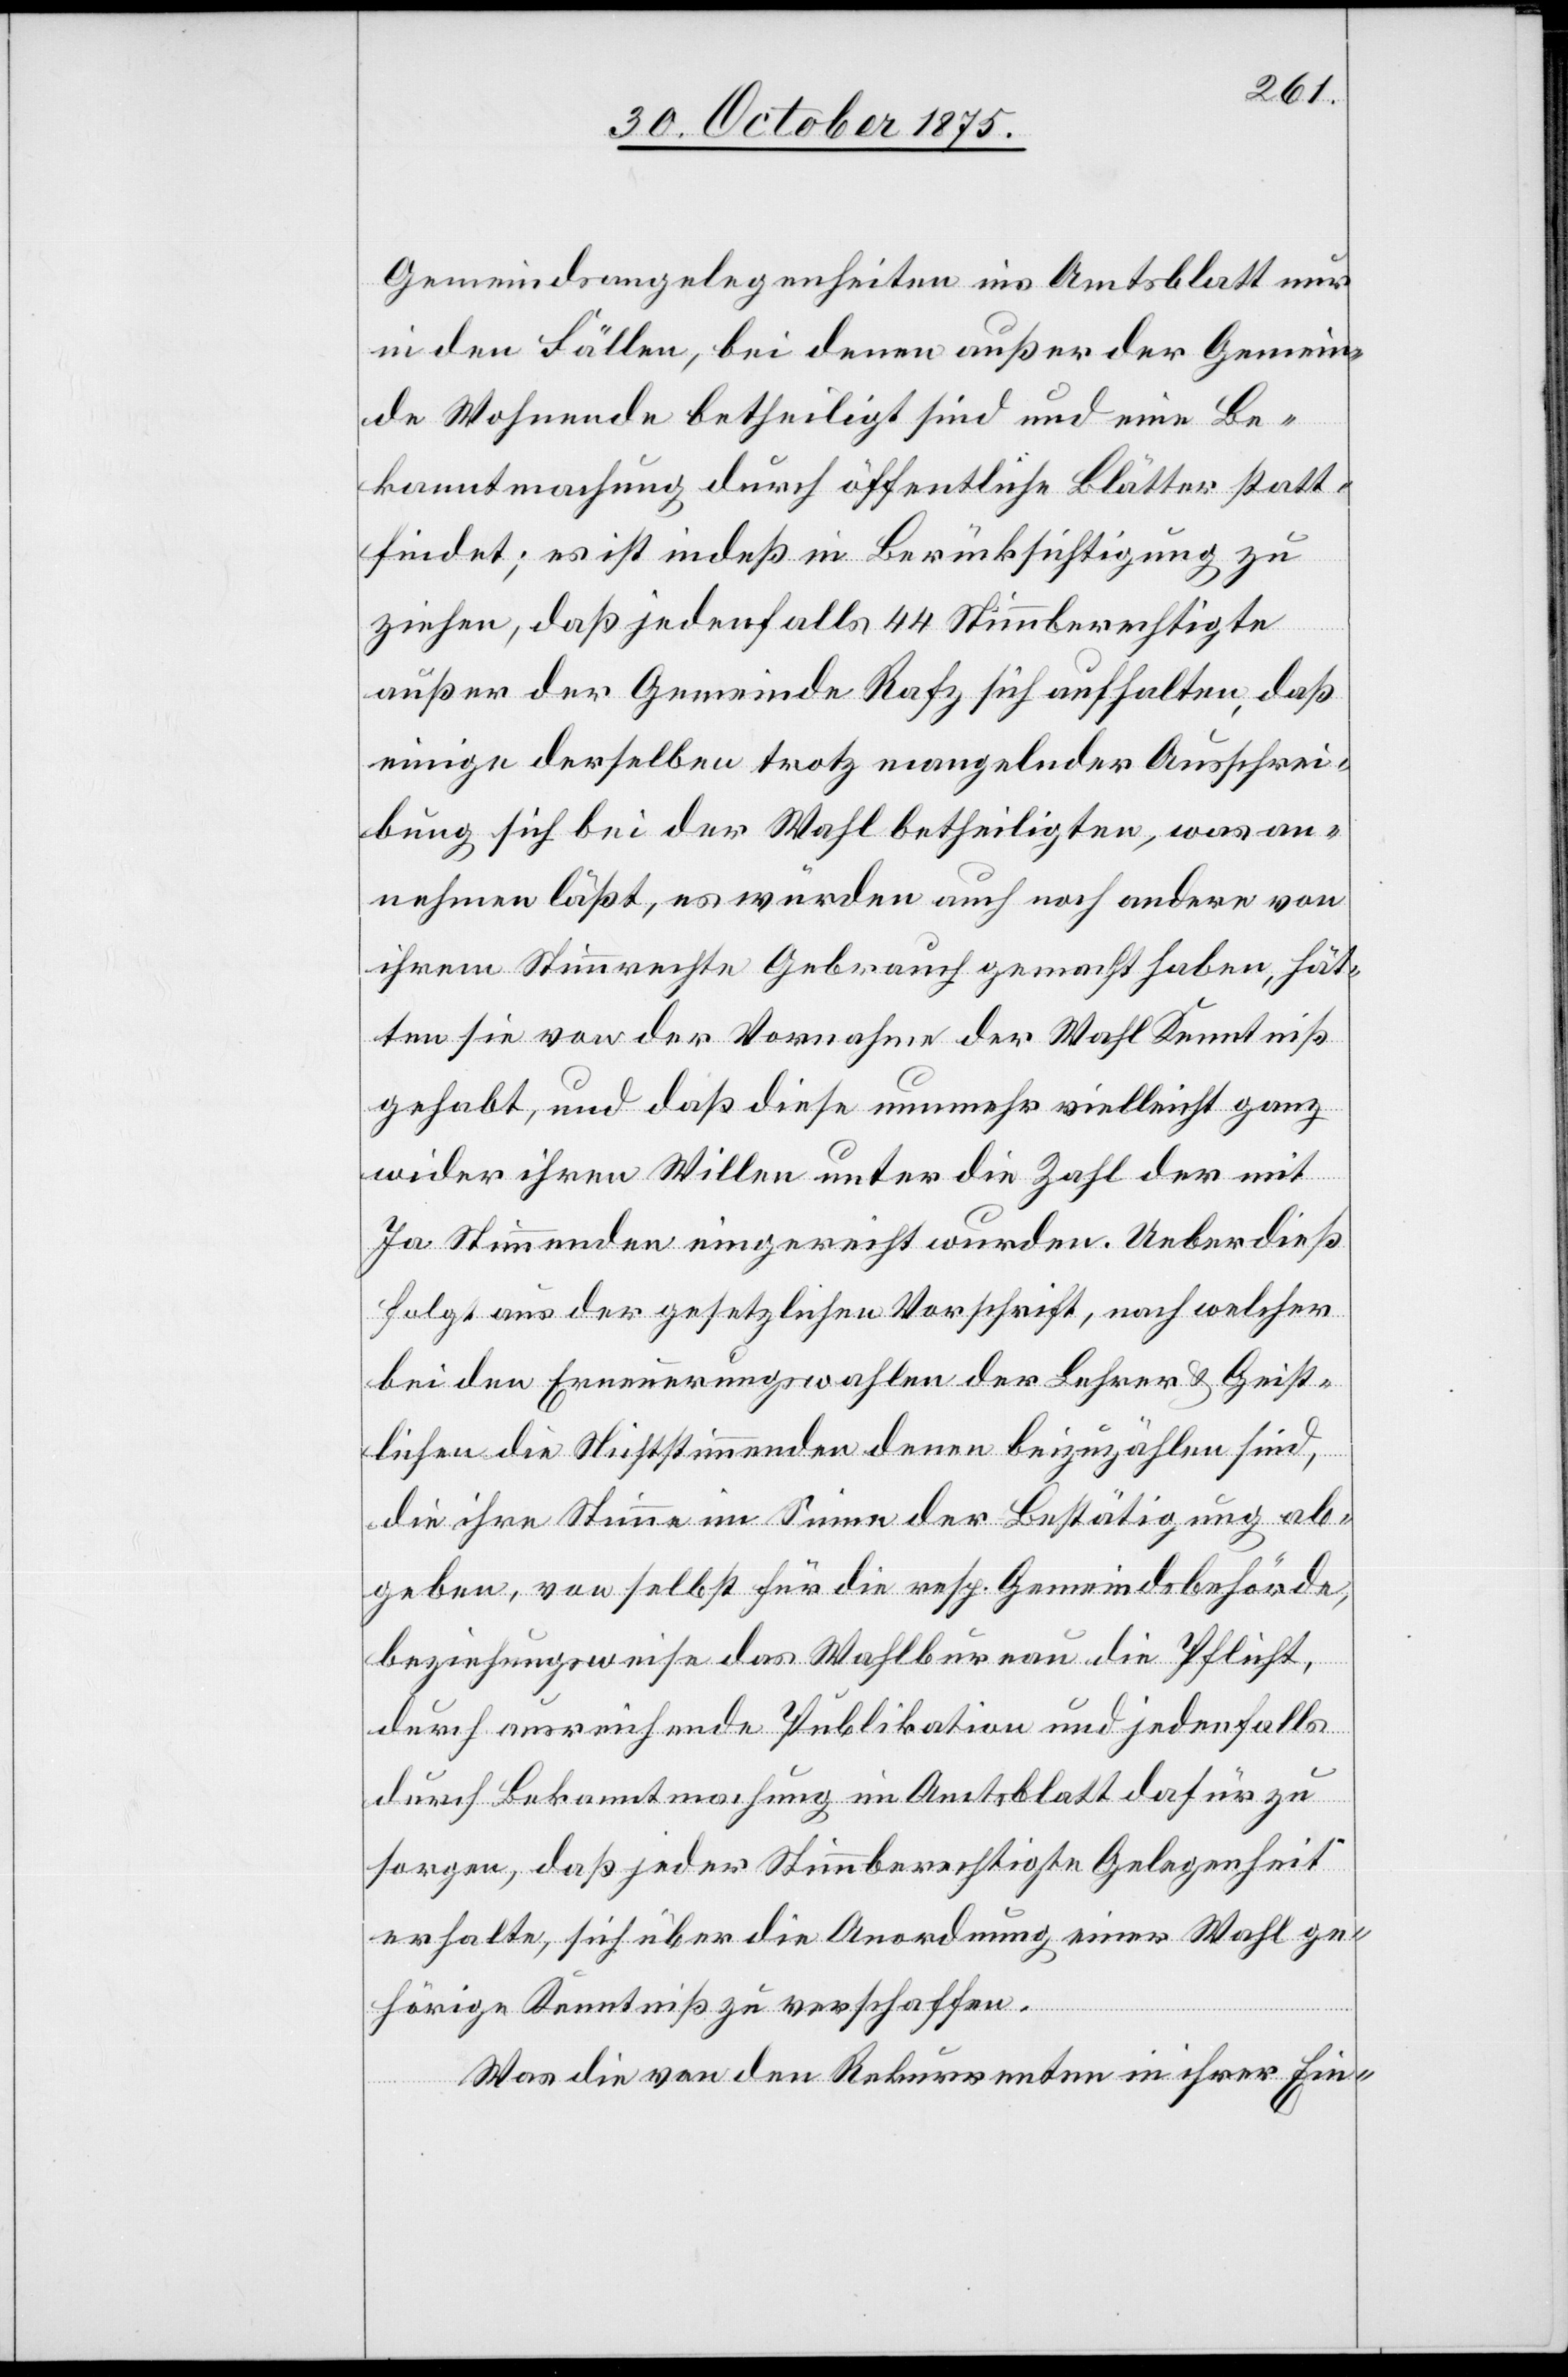
Gemeindsangelegenheiten ins Amtsblatt nur
in den Fällen, bei denen außer der Gemein¬
de Wohnende betheiligt sind und eine Be¬
kanntmachung durch öffentliche Blätter statt¬
findet; es ist indeß in Berücksichtigung zu
ziehen, daß jedenfalls 44 Stimmberechtigte
außer der Gemeinde Rafz sich aufhalten, daß
einige derselben trotz mangelnder Ausschrei¬
bung sich bei der Wahl betheiligten, was an¬
nehmen läßt, es würden auch noch andere von
ihrem Stimmrechte Gebrauch gemacht haben, hät¬
ten sie von der Vornahme der Wahl Kenntniß
gehabt, und daß diese nunmehr vielleicht ganz
wider ihren Willen unter die Zahl der mit
Ja Stimmenden eingereiht wurden. Ueberdieß
folgt aus der gesetzlichen Vorschrift, nach welcher
bei den Erneuerungswahlen der Lehrer & Geist¬
lichen die Nichtstimmenden denen beizuzählen sind,
die ihre Stimme im Sinne der Bestätigung ab¬
geben, von selbst für die resp. Gemeindsbehörde,
beziehungsweise das Wahlbureau die Pflicht,
durch ausreichende Publikation und jedenfalls
durch Bekanntmachung im Amtsblatt dafür zu
sorgen, daß jeder Stimmberechtigte Gelegenheit
erhalte, sich über die Anordnung einer Wahl ge¬
hörige Kenntniß zu verschaffen.
Was die von den Rekurrenten in ihrer Ein-